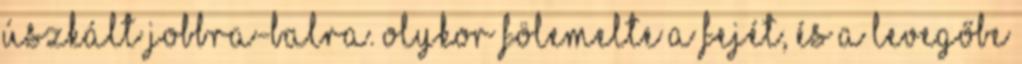
Úszkált jobbra-balra. Olykor fölemelte a fejét, és a levegőbe